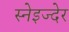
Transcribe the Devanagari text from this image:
स्नेइज्देर